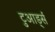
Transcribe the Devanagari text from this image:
टुआर्ड्स